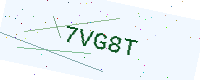
Text: 7VG8T